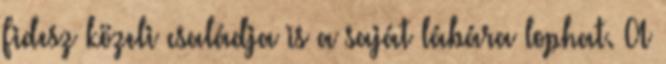
Fidesz közeli családja is a saját lábára lophat. A